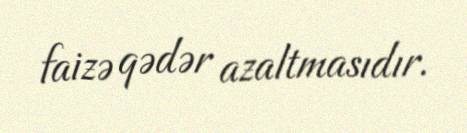
faizə qədər azaltmasıdır.